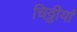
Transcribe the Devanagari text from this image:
चिठ्ठीयां